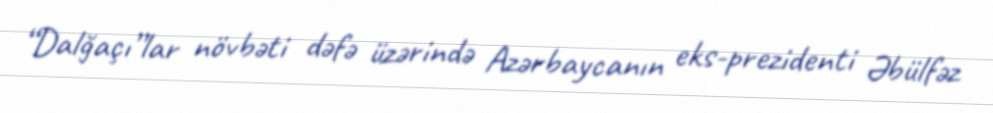
“Dalğaçı”lar növbəti dəfə üzərində Azərbaycanın eks-prezidenti Əbülfəz